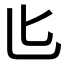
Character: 𪟨